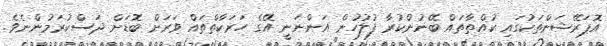
އޮޕަރޭޝަންތަކުގައި ކުއްތާތައް ބޭނުންކުރާ ފުލުހުން އަންނަނީ އޭގެ ހަރަކާތްތައް ވަރަށް ބޮޑަށް ދަސްކުރަމުންނެވެ.